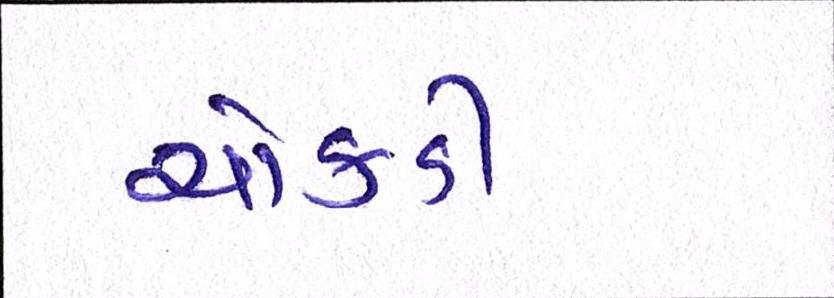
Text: ચોકડી